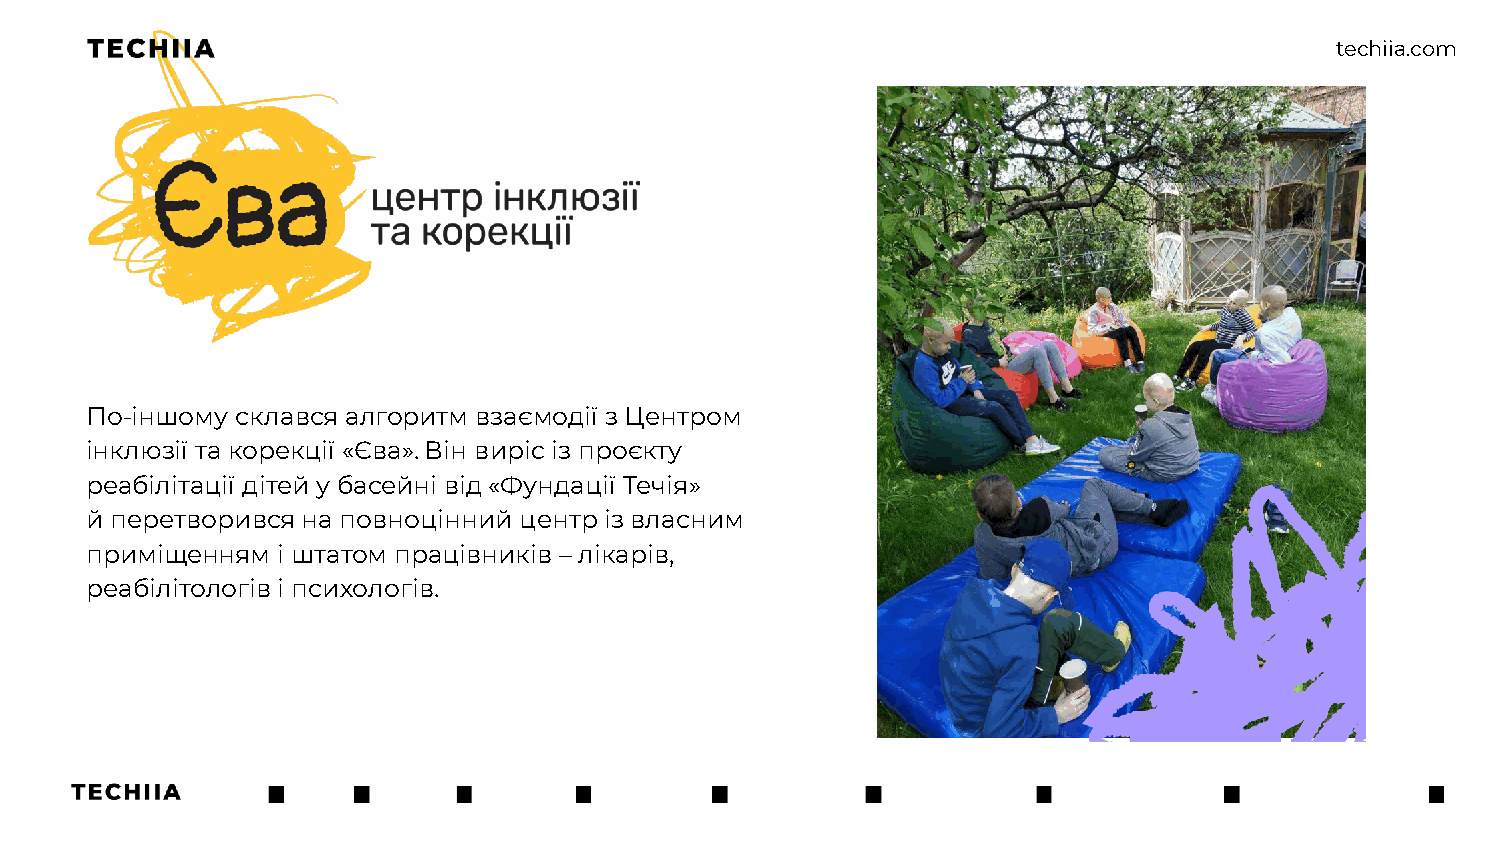
tteecchhiiiiaa..ccoomm
 По-іншому склався алгоритм взаємодії з Центром
 інклюзії та корекції «Єва». Він виріc із проєкту
 реабілітації дітей у басейні від «Фундації Течія»
 й перетворився на повноцінний центр із власним
 приміщенням і штатом працівників – лікарів,
 реабілітологів і психологів.
 conference name / data / smth else